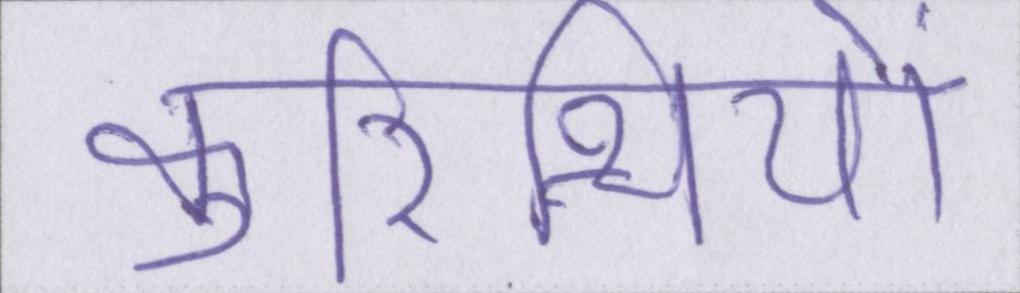
कुरिन्थियों